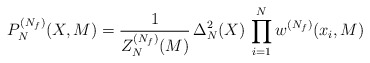
\begin{align*}P_N^{(N_f)}(X,M) = \frac{1}{Z_N^{(N_f)}(M)} \, \Delta_N^2(X) \, \prod_{i=1}^N w^{(N_f)}(x_i,M)\end{align*}